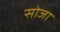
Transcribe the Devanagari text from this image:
सोजा